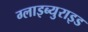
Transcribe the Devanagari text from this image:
ग्लाइब्युराइड